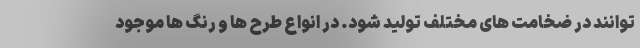
‌توانند در ضخامت های مختلف تولید شود. در انواع طرح ها و رنگ ها موجود